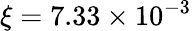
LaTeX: \xi=7.33\times 10^{-3}